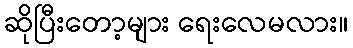
ဆိုပြီးတော့များ ရေးလေမလား။